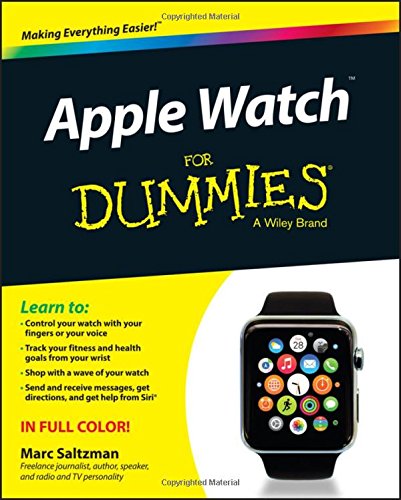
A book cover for Apple Watch For Dummies; Marc Saltzman; Computers & Technology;